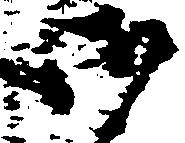
御